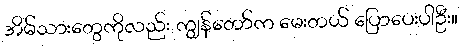
အိမ်သားတွေကိုလည်း ကျွန်တော်က မေးတယ် ပြောပေးပါဦး။